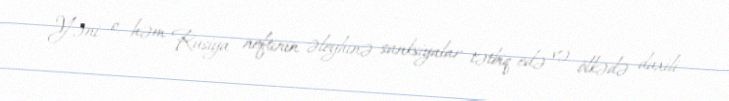
Yəni o, həm Rusiya neftinin əleyhinə sanksiyalar tətbiq edə və ölkədə daxili